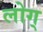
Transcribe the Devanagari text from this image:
लोग्